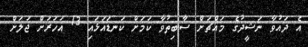
އެ ދައުވާ ނަޝީދުގެ މައްޗަށް ސާބިތުވާ ކަމަށް ކަނޑައަޅައި 13 އަހަރަށް ޖަލަށް